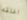
اغلقه